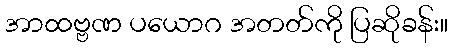
အာထဗ္ဗဏ ပယောဂ အတတ်ကို ပြဆိုခန်း။